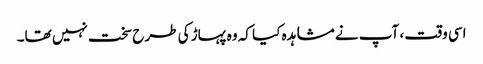
اسی وقت ، آپ نے مشاہدہ کیا کہ وہ پہاڑ کی طرح سخت نہیں تھا۔